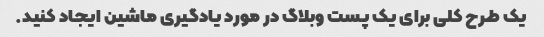
یک طرح کلی برای یک پست وبلاگ در مورد یادگیری ماشین ایجاد کنید.